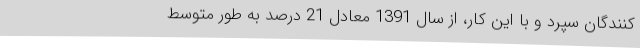
کنندگان سپرد و با این کار، از سال 1391 معادل 21 درصد به طور متوسط